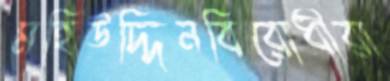
মহিউদ্দিনবিরোধীরা